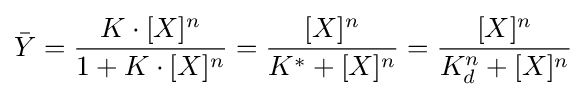
{\bar {Y}}={\frac {K\cdot {}[X]^{n}}{1+K\cdot {}[X]^{n}}}={\frac {[X]^{n}}{K^{*}+[X]^{n}}}={\frac {[X]^{n}}{K_{d}^{n}+[X]^{n}}}